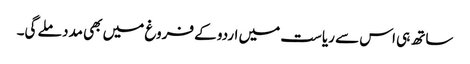
ساتھ ہی اس سے ریاست میں اردو کے فروغ میں بھی مدد ملے گی۔